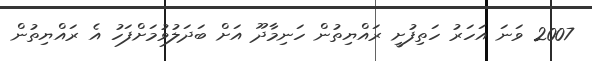
2007 ވަނަ އަހަރު ހަތިފުށީ ރައްޔިތުން ހަނިމާދޫ އަށް ބަދަލުވުމަށްފަހު އެ ރައްޔިތުން